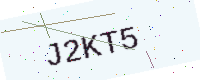
Text: J2KT5